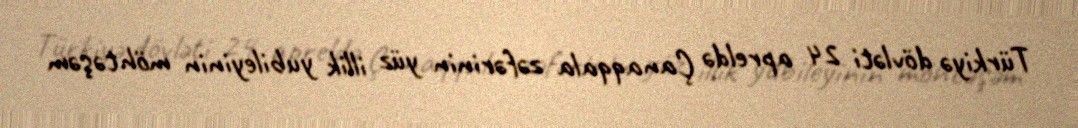
Türkiyə dövləti 24 apreldə Çanaqqala zəfərinin yüz illik yubileyinin möhtəşəm